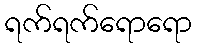
ရက်ရက်ရောရော